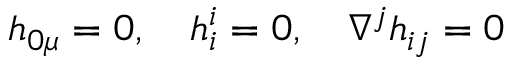
h _ { 0 \mu } = 0 , ~ ~ ~ h _ { i } ^ { i } = 0 , ~ ~ ~ \nabla ^ { j } h _ { i j } = 0